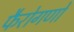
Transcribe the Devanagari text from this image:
फैरोगणों